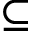
\subseteq